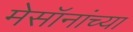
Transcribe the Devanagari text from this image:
मेसॉनांच्या